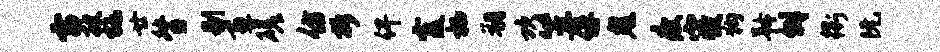
雷披施廿督剔画磋仿拆俾霞栖朔坎笠俘鬼瘦寝狗矜僻衢阮